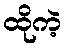
ထိုကဲ့